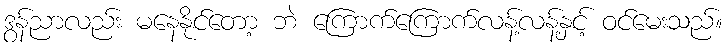
ဒွန်ညာလည်း မနေနိုင်တော့ ဘဲ ကြောက်ကြောက်လန့်လန့်နှင့် ဝင်မေးသည်။